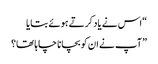
“اس نے یاد کرتے ہوئے بتایا
” آپ نے ان کو بچانا چاہا تھا؟